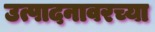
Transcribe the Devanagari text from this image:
उत्पादनावरच्या